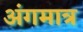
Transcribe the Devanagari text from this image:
अंगमात्र